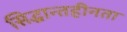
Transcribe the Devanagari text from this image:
सिद्धान्तहीनता